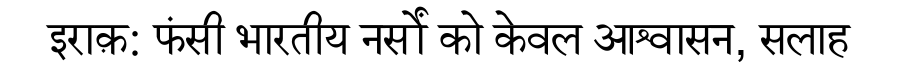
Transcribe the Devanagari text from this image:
इराक़: फंसी भारतीय नर्सों को केवल आश्वासन, सलाह